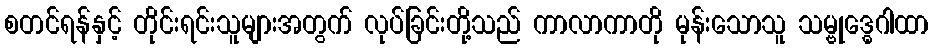
စတင်ရန်နှင့် တိုင်းရင်းသူများအတွက် လုပ်ခြင်းတို့သည် ကာလာကာတို မုန်းသောသူ သမ္ဗုဒ္ဓေဂါထာ